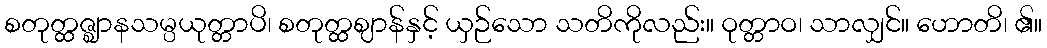
စတုတ္ထဇ္ဈာနသမ္ပယုတ္တာပိ၊ စတုတ္ထဈာန်နှင့် ယှဉ်သော သတိကိုလည်း။ ဝုတ္တာဝ၊ သာလျှင်။ ဟောတိ၊ ၏။